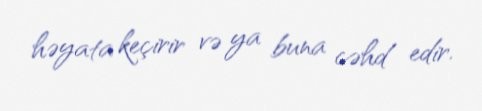
həyata keçirir və ya buna cəhd edir.